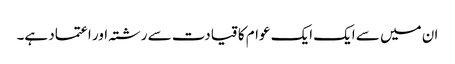
ان میں سے ایک ایک عوام کا قیادت سے رشتہ اور اعتماد ہے۔